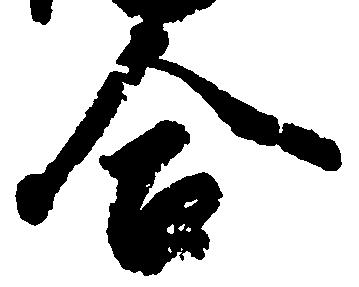
合